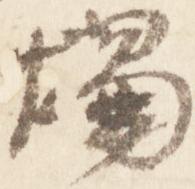
燭